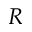
R